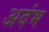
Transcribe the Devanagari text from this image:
अदंभ